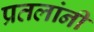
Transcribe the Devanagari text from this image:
प्रतलांनी